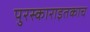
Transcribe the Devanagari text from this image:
पुरस्काराइतकाच